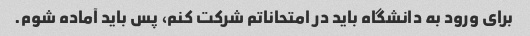
برای ورود به دانشگاه باید در امتحاناتم شرکت کنم، پس باید آماده شوم.